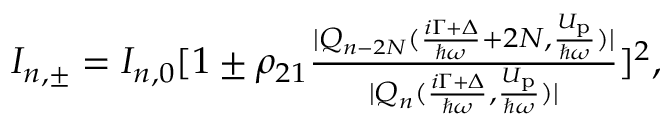
\begin{array} { r } { I _ { n , \pm } = I _ { n , 0 } [ 1 \pm \rho _ { 2 1 } \frac { | Q _ { n - 2 N } ( \frac { i \Gamma + \Delta } { \hbar \omega } + 2 N , \frac { U _ { \mathrm { p } } } { \hbar \omega } ) | } { | Q _ { n } ( \frac { i \Gamma + \Delta } { \hbar \omega } , \frac { U _ { \mathrm { p } } } { \hbar \omega } ) | } ] ^ { 2 } , } \end{array}